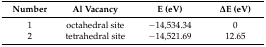
<table><thead><tr><td><b>Number</b></td><td><b>Al Vacancy</b></td><td><b>E (eV)</b></td><td><b>ΔE (eV)</b></td></tr></thead><tbody><tr><td>1</td><td>octahedral site</td><td>−14,534.34</td><td>0</td></tr><tr><td>2</td><td>tetrahedral site</td><td>−14,521.69</td><td>12.65</td></tr></tbody></table>